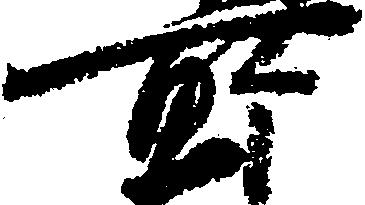
所